Report on vaccination in Madras 1895-1903 - 1895-1903
Year: 1895
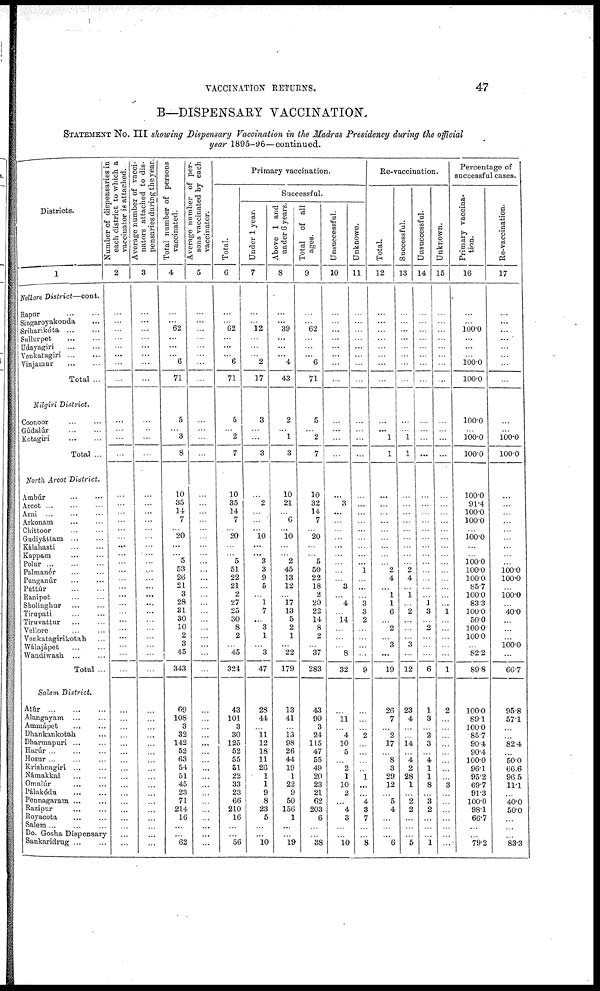
VACCINATION RETURNS.
47
B—DISPENSARY VACCINATION.
STATEMENT No. III showing Dispensary Vaccination in the Madras Presidency during the official
year 1895-96—continued.
Districts.
1
Nellore District—cont.
Rapur
...
...
Singaroyakonda ...
Sríharikóta
...
...
Sullurpet
...
...
Udayagiri
...
...
Venkatagiri
...
...
Vinjamur
...
...
Total ...
Nilgiri District.
Coonoor
...
...
Gúdalúr
...
...
Kotagiri
...
...
Total ...
North Arcot District.
Ambúr ... ...
Arcot ... ... ...
Arni ... ... ...
Arkonam
...
...
Chittoor ... ...
Gudiyáttam ... ...
Kálahasti
...
...
Kuppam ... ...
Polur ... ... ...
Palmanér ... ...
Punganúr ... ...
Puttúr ... ...
Ranipet ... ...
Sholinghur ... ...
Tirupati ... ...
Tiruvattur ... ...
Vellore ......
Venkatagirikotah ...
Walajápet ... ...
Wandiwash
...
...
Total ...
Salem District.
Atúr
...
...
...
Alangayam ... ...
Ammápet ... ...
Dhankankotah ...
Dharmapuri ... ...
Harúr ... ... ...
Hosur ... ... ...
Krishnagiri ... ...
Námakkal ... ...
Omalúr ... ...
Pálakódu ... ...
Pennagaram ... ...
Razipur ... ...
Royacota ... ...
Salem ... ... ...
Do. Gosha Dispensary
Sankaridrug ... ...
Number of dispensaries in
each district to which a
vaccinator is attached.
2
...
...
...
...
...
...
...
...
...
...
...
...
...
...
...
...
...
...
...
...
...
...
...
...
...
...
...
...
...
...
...
...
...
...
...
...
...
...
...
...
...
...
...
...
...
...
...
...
...
...
Average number of vacci-
nators attached to dis-
pensaries during the year
3
...
...
...
...
...
...
...
...
...
...
...
...
...
...
...
...
...
...
...
...
...
...
...
...
...
...
...
...
...
...
...
...
...
...
...
...
...
...
...
...
...
...
...
...
...
...
...
...
...
...
Total number of persons
vaccinated.
4
...
...
62
...
...
...
6
71
5
...
3
8
10
35
14
7
...
20
...
...
5
53
26
21
3
28
31
30
10
2
3
45
343
69
108
3
32
142
52
63
54
51
45
23
71
214
16
...
...
62
Average number of per-
sons vaccinated by each
vaccinator.
5
...
...
...
...
...
...
...
...
...
...
...
...
...
...
...
...
...
...
...
...
...
...
...
...
...
...
...
...
...
...
...
...
...
...
...
...
...
...
...
...
...
...
...
...
...
...
...
...
...
...
Primary vaccination.
Total.
6
...
...
62
...
...
...
6
71
5
...
2
7
10
35
14
7
...
20
...
...
5
51
22
21
2
27
25
30
8
2
...
45
324
43
101
3
30
125
52
55
51
22
33
23
66
210
16
...
...
56
Successful.
Under 1 year.
7
...
...
12
...
...
...
2
17
3
...
...
3
...
2
...
...
...
10
...
...
3
3
9
5
...
1
7
...
3
1
...
3
47
28
44
...
11
12
18
11
26
1
1
9
8
23
5
...
...
10
Above 1 and
under 6 years.
8
...
...
39
...
...
...
4
43
2
...
1
3
10
21
...
6
...
10
...
...
2
45
13
12
...
17
13
5
2
1
...
22
179
13
41
...
13
98
26
44
19
1
22
9
50
156
1
...
...
19
Total of all
ages.
9
...
...
62
...
...
...
6
71
5
...
2
7
10
32
14
7
...
20
...
...
5
50
22
18
2
20
22
14
8
2
...
37
283
43
90
3
24
115
47
55
49
20
23
21
62
203
6
...
...
38
Unsuccessful.
10
...
...
...
...
...
...
...
...
...
...
...
...
...
3
...
...
...
...
...
...
...
...
...
3
...
4
...
14 ...
...
...
8
32
...
11
...
4
10
5
...
2
1
10
2
...
4
3
...
...
10
Unknown.
11
...
...
...
...
...
...
...
...
...
...
...
...
...
...
...
...
...
...
...
...
...
1
...
...
...
3
3
2
...
...
...
...
9
...
...
...
2
...
...
...
...
1
...
...
4
3
7
...
...
8
Re-vaccination.
Total.
12
...
...
...
...
...
...
...
...
...
...
1
1
...
...
...
...
...
...
...
...
...
2
4
...
1
1
6
...
2
...
3
...
19
26
7
...
2
17
...
8
3
29
12
...
5
4
...
...
...
6
Successful.
13
...
...
...
...
...
...
...
...
...
...
1
1
...
...
...
...
...
...
...
...
...
2
4
...
1
...
2
...
...
...
3
...
12
23
4
...
...
14
...
4
2
28
1
...
2
2
...
...
...
5
Unsuccessful.
14
...
...
...
...
...
...
...
...
...
...
...
...
...
...
...
...
...
...
...
...
...
...
...
...
...
1
3
...
2
...
...
...
6
1
3
...
2
3
...
4
1
1
8
...
3
2
...
...
...
1
Unknown.
15
...
...
...
...
...
...
...
...
...
...
...
...
...
...
...
...
...
...
...
...
...
...
...
...
...
...
1
...
...
...
...
...
1
2
...
...
...
...
...
...
...
...
3
...
...
...
...
...
...
...
Percentage of
successful cases.
Primary vaccina-
tion.
16
...
...
100.0
...
...
...
100.0
100.0
100.0
...
100.0
100.0
100.0
91.4
100.0
100.0
...
100.0
...
...
100.0
100.0
100.0
85.7
100.0
83.3
100.0
50.0
100.0
100.0
...
82.2
89.8
100.0
89.1
100.0
85.7
90.4
90.4
100.0
96.1
95.2
69.7
91.3
100.0
98.1
66.7
...
...
79.2
Re-vaccination.
17
...
...
...
...
...
...
...
...
...
...
100.0
100.0
...
...
...
...
...
...
...
...
...
100.0
100.0
...
100.0
...
40.0
...
...
...
100.0
...
66.7
95.8
57.1
...
...
82.4
...
50.0
66.6
96.5
11.1
...
40.0
50.0
...
...
...
83.3